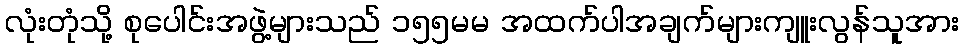
လုံးတုံသို့ စုပေါင်းအဖွဲ့များသည် ၁၅၅မမ အထက်ပါအချက်များကျူးလွန်သူအား